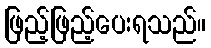
ဖြည့်ဖြည့်ပေးရသည်။